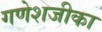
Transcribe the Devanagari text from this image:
गणेशजीका